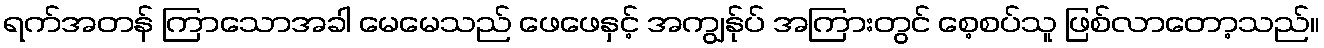
ရက်အတန် ကြာသောအခါ မေမေသည် ဖေဖေနှင့် အကျွန်ုပ် အကြားတွင် စေ့စပ်သူ ဖြစ်လာတော့သည်။